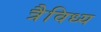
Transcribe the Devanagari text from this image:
त्रैविध्य